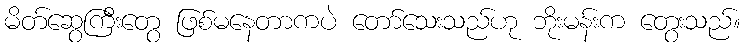
မိတ်ဆွေကြီးတွေ ဖြစ်မနေတာကပဲ တော်သေးသည်ဟု ဘိုးမန်းက တွေးသည်။